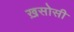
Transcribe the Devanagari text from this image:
ख़सोसी